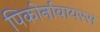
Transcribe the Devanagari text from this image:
पिकोर्नावायरस